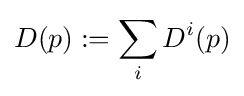
D(p):=\sum _{i}D^{i}(p)